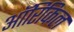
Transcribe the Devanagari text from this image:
ऑरिकिल